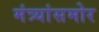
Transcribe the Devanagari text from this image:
मंत्र्यांसमोर